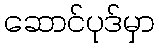
ဆောင်ပုဒ်မှာ